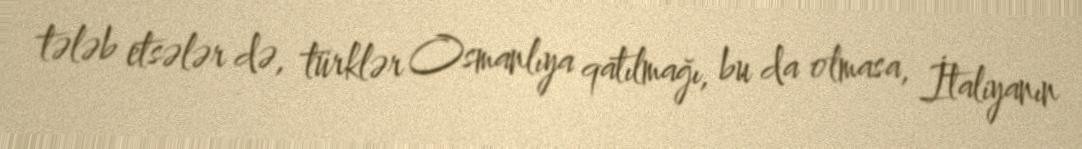
tələb etsələr də, türklər Osmanlıya qatılmağı, bu da olmasa, İtaliyanın